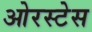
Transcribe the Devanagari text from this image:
ओरस्टेस